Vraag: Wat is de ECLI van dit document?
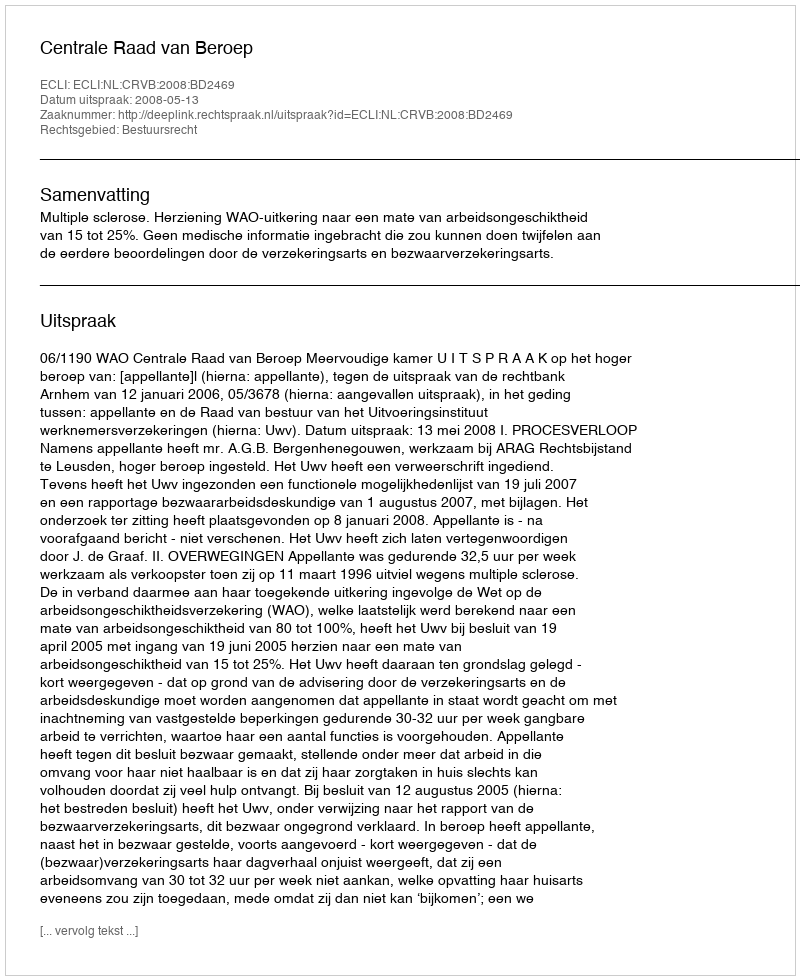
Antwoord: ECLI:NL:CRVB:2008:BD2469